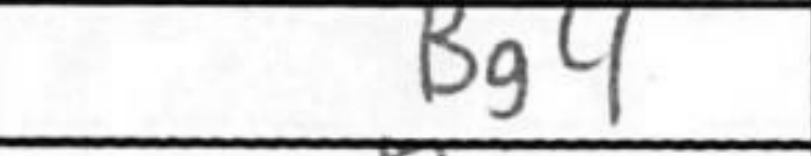
Transcription: Bg4